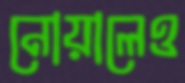
নোয়ালেও